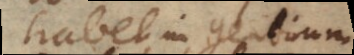
habet in gentium